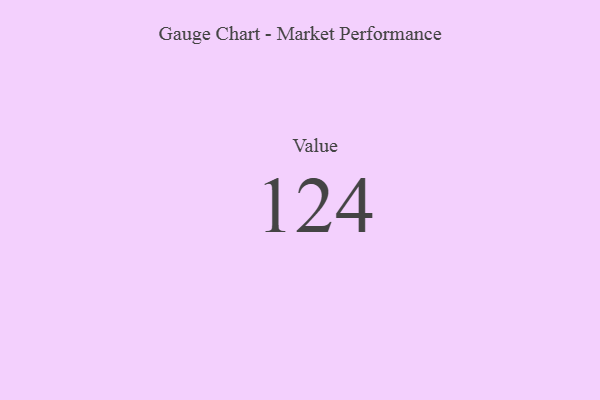
{"axis": {"x": "Metric", "y": "Value"}, "legend": [""], "data": [{"x": "Value", "y": 124, "type": ""}]}